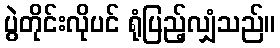
ပွဲတိုင်းလိုပင် ရုံပြည့်လျှံသည်။